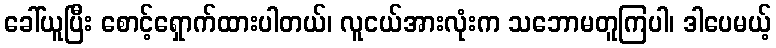
ခေါ်ယူပြီး စောင့်ရှောက်ထားပါတယ်၊ လူငယ်အားလုံးက သဘောမတူကြပါ၊ ဒါပေမယ့်